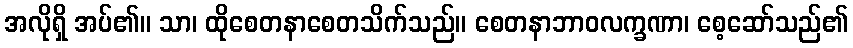
အလိုရှိ အပ်၏။ သာ၊ ထိုစေတနာစေတသိက်သည်။ စေတနာဘာဝလက္ခဏာ၊ စေ့ဆော်သည်၏